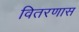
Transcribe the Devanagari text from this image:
वितरणास